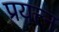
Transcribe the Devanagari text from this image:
प्रयत्त्न